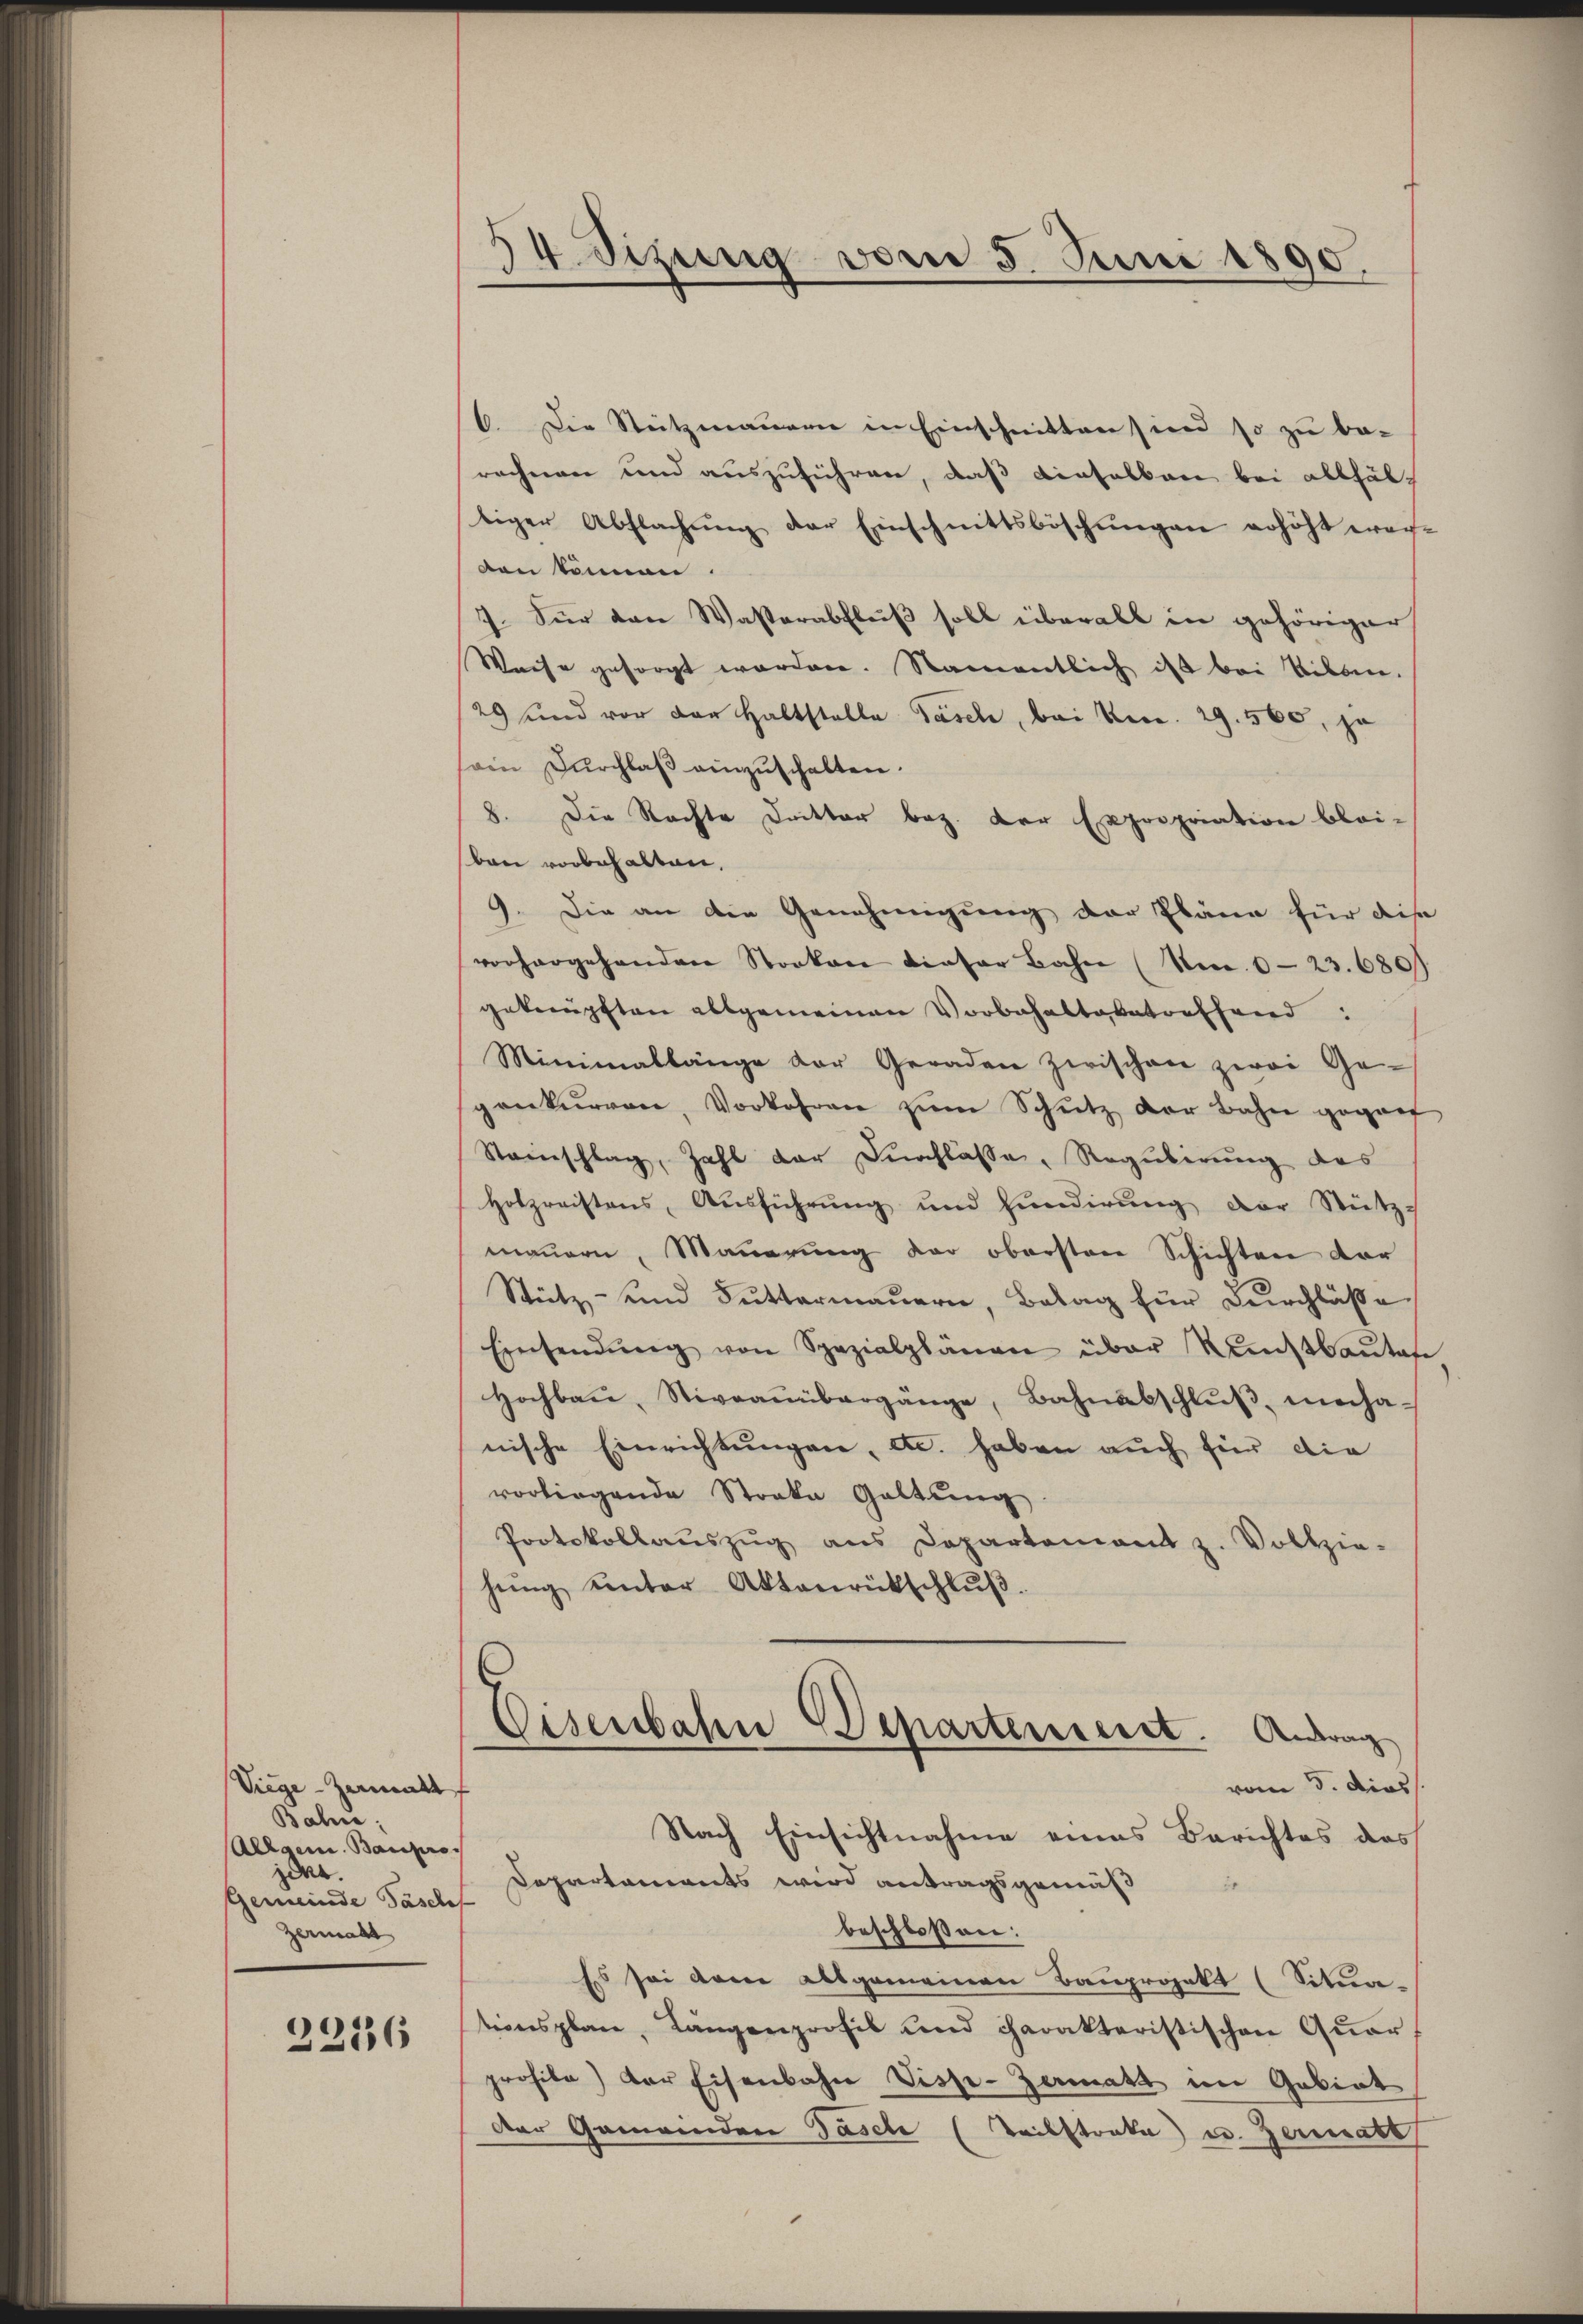
Viege-Zermatt
Baline;
Allgem. Baupro
ider
Gemeinde Päsche
Zermant

2236

34. Sizung vom 5. Juni 1890.

6. Die Steitzmauern in Einschnitten sind so zu be-
rechnen und auszuführen, daß dieselben bei allfältiger Abflachŭng der Einschnittsböschŭngen erhöht wer-
den können
7. Für den Wasserabfluß soll überall in gehöriger
Weise gesorgt worden. Namentlich ist bei Vilan-
29 und vor der Haltstelle Tasch, bei Kr. 29. 560, ju
ain Durchlaß einzuschalten.
8. Die Rechte Dritter bez. Der Expropriation blei-
ban vorbehalten.
9. Die an die Genehmigung der Pläne für dise
vorhergehenden Stocken dieser Bahn (Nr. 623. 680
geknüpften allgemeinen Vorbehaltaxatorffend:
Minimallänge der Geraden Zwischen zwei Ge
gonkŭrren, Vorkehren zŭm Schŭtz der Bahn geganf
Steinschlag, Zahl der Durchlasse, Regulirung des
Holzreistens, Aŭsführŭng und Hunderŭng der Stütz-
mauern, Mauerung der obersten Schichten vor
Stütz- und Futtermaŭern, Belag für Durchläße
Einsendŭng von Spezialplänen über Nettbaŭtafe
Hochbaŭ, Stivraŭübergänge, Bahnabschlŭβ mecha-
nische Einrichtungen, etc. haben auch für die
vorliegende Streke Galtŭng
Protokollaŭszŭg ans Departement z. Vollzie-
hŭng unter Aktenrückschlŭβ.
Eisenbahn Departenseret. Antrag
vom 5. dies
Nach Einsichtnahme eines Berichtes das
Departaments wird antragsgemäß
beschlossen:
Es sei dem allgemeinen Bauprojekt (Situationsplan, Längenprofil und charakteristischen Qŭar
profile) der Eisenbahn Visse-Zermatt im Gebiet
Der Gemeindere Tasch (Teilstrata u. Zerrate